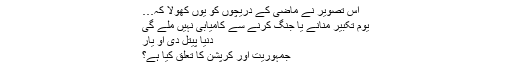
اس تصویر نے ماضی کے دریچوں کو یوں کھولا کہ…
یوم تکبیر منانے یا جنگ کرنے سے کامیابی نہیں ملے گی
دنیا پیتل دی او یار
جمہوریت اور کرپشن کا تعلق کیا ہے؟